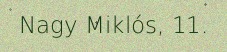
Nagy Miklós, 11.